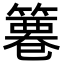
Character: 𥱺